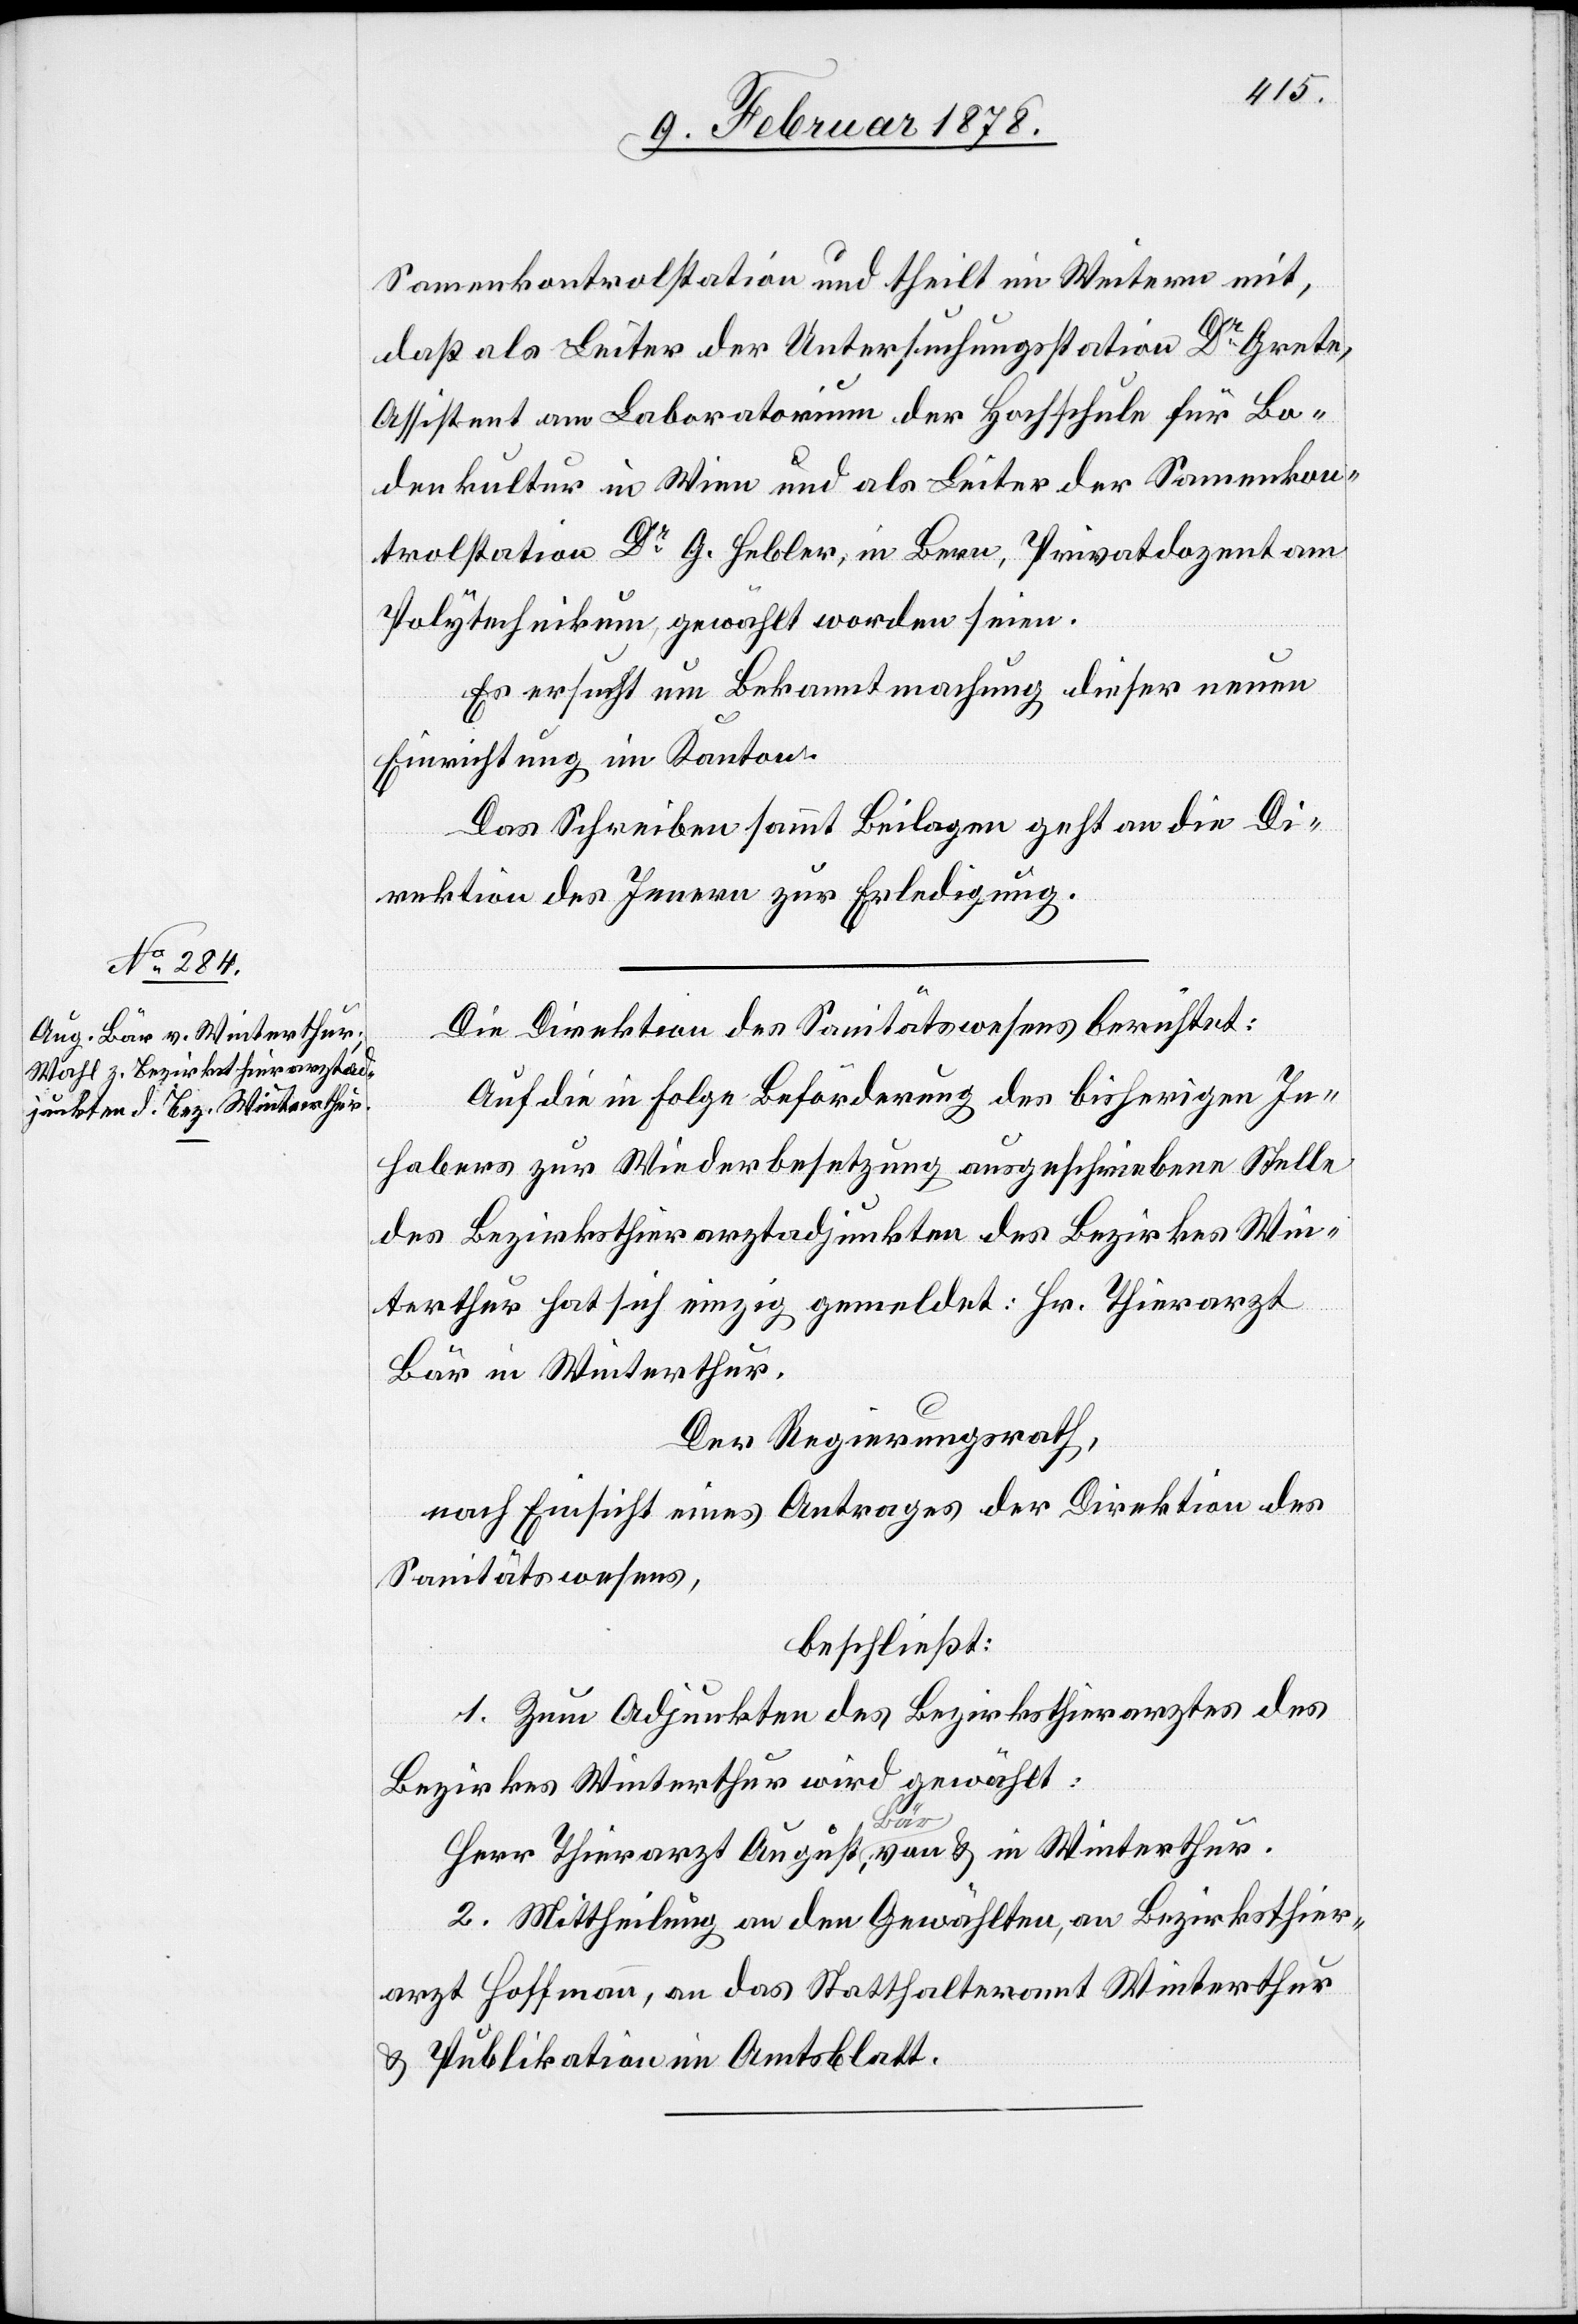
Samenkontrolstation und theilt im Weitern mit,
daß als Leiter der Untersuchungsstation Dr Grete,
Assistenz am Laboratorium der Hochschule für Bo¬
denkultur in Wien und als Leiter der Samenkon¬
trolstation Dr G. Hebler, in Bern, Privatdozent am
Polytechnikum, gewählt worden seien.
Er ersucht um Bekanntmachung dieser neuen
Einrichtung im Kanton.
Das Schreiben sammt Beilagen geht an die Di¬
rektion des Innern zur Erledigung.
Die Direktion des Sanitätswesens berichtet:
Auf die in Folge Beförderung des bisherigen In¬
habers zur Wiederbesetzung ausgeschriebene Stelle
des Bezirksthierarztadjunkten des Bezirkes Win¬
terthur hat sich einzig gemeldet: Hr. Thierarzt
Bär in Winterthur.
Der Regierungsrath,
nach Einsicht eines Antrages der Direktion des
Sanitätswesens,
beschließt:
1. Zum Adjunkten des Bezirksthierarztes des
Bezirkes Winterthur wird gewählt:
Herr Thierarzt August Bär, von & in Winterthur.
2. Mittheilung an den Gewählten, an Bezirksthier¬
arzt Hoffmann, an das Statthalteramt Winterthur
& Publikation im Amtsblatt.